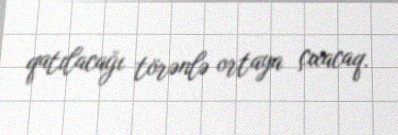
qatılacağı törənlə ortaya çıxacaq.